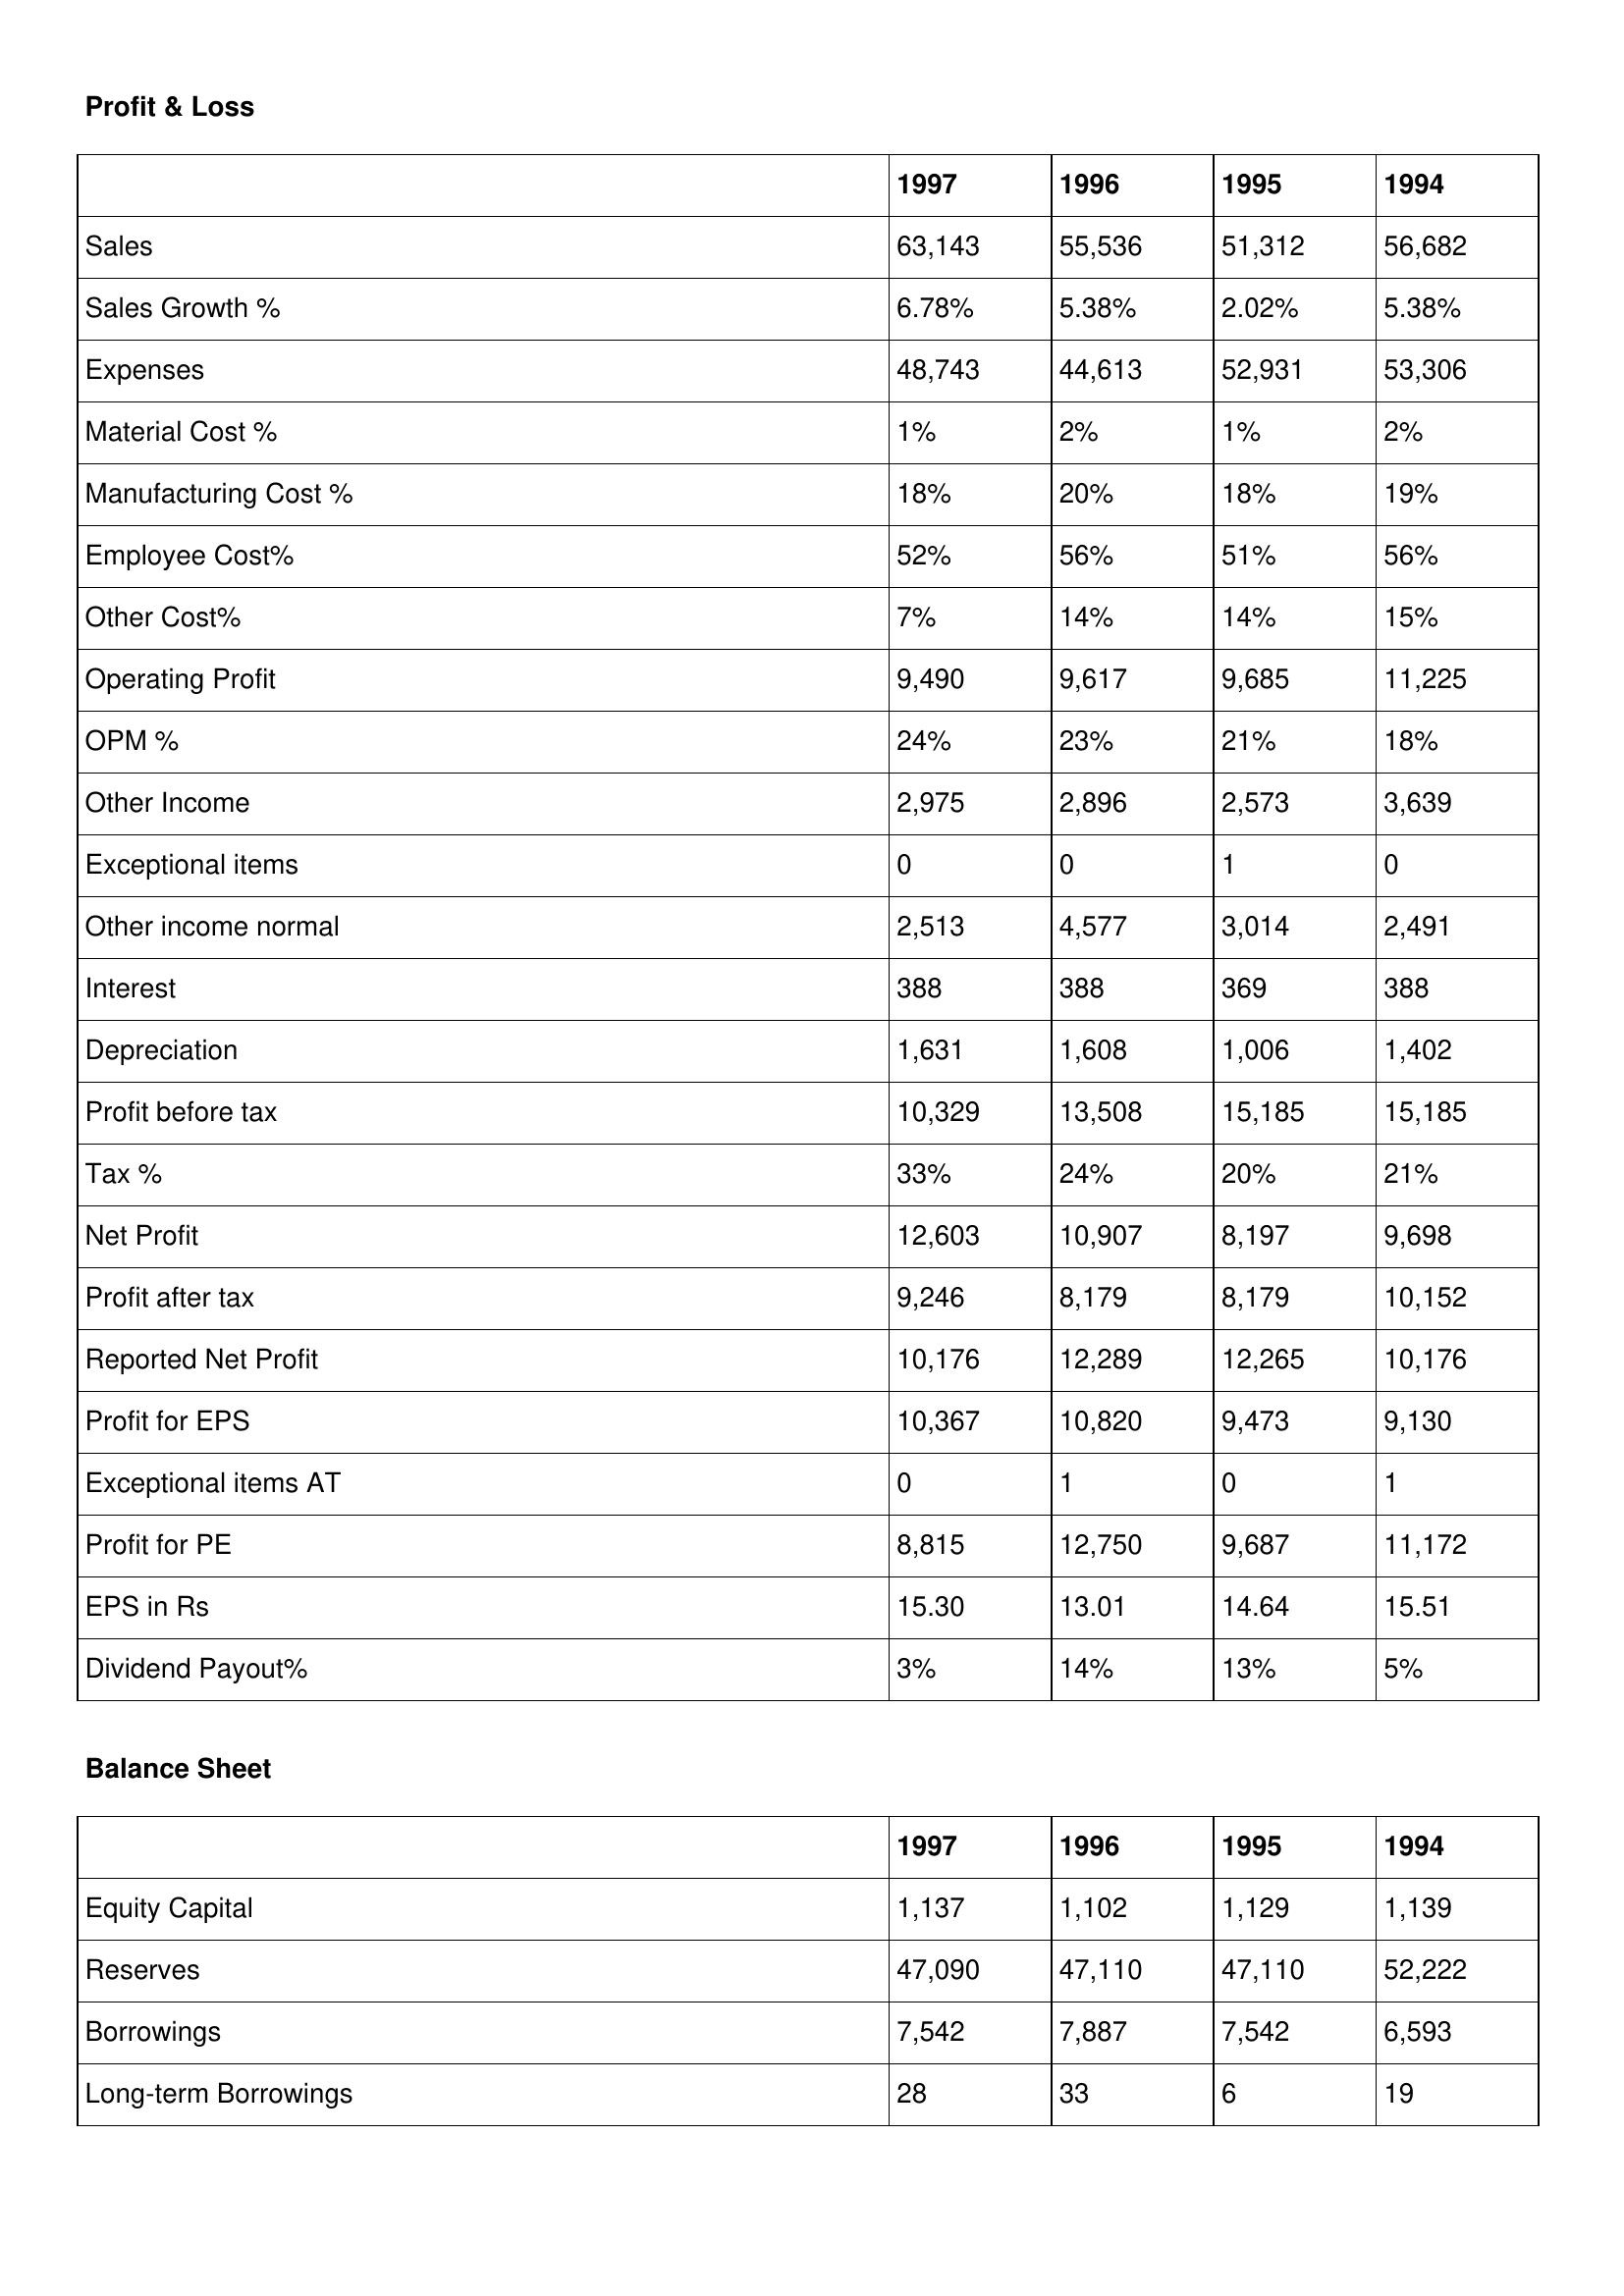
gt_parse: 1997: Profit & Loss: Sales: 63,143
Sales Growth %: 6.78%
Expenses: 48,743
Material Cost %: 1%
Manufacturing Cost %: 18%
Employee Cost%: 52%
Other Cost%: 7%
Operating Profit: 9,490
OPM %: 24%
Other Income: 2,975
Exceptional items: 0
Other income normal: 2,513
Interest: 388
Depreciation: 1,631
Profit before tax: 10,329
Tax %: 33%
Net Profit: 12,603
Profit after tax: 9,246
Reported Net Profit: 10,176
Profit for EPS: 10,367
Exceptional items AT: 0
Profit for PE: 8,815
EPS in Rs: 15.30
Dividend Payout%: 3%
Balance Sheet: Equity Capital: 1,137
Reserves: 47,090
Borrowings: 7,542
Long-term Borrowings: 28
1996: Profit & Loss: Sales: 55,536
Sales Growth %: 5.38%
Expenses: 44,613
Material Cost %: 2%
Manufacturing Cost %: 20%
Employee Cost%: 56%
Other Cost%: 14%
Operating Profit: 9,617
OPM %: 23%
Other Income: 2,896
Exceptional items: 0
Other income normal: 4,577
Interest: 388
Depreciation: 1,608
Profit before tax: 13,508
Tax %: 24%
Net Profit: 10,907
Profit after tax: 8,179
Reported Net Profit: 12,289
Profit for EPS: 10,820
Exceptional items AT: 1
Profit for PE: 12,750
EPS in Rs: 13.01
Dividend Payout%: 14%
Balance Sheet: Equity Capital: 1,102
Reserves: 47,110
Borrowings: 7,887
Long-term Borrowings: 33
1995: Profit & Loss: Sales: 51,312
Sales Growth %: 2.02%
Expenses: 52,931
Material Cost %: 1%
Manufacturing Cost %: 18%
Employee Cost%: 51%
Other Cost%: 14%
Operating Profit: 9,685
OPM %: 21%
Other Income: 2,573
Exceptional items: 1
Other income normal: 3,014
Interest: 369
Depreciation: 1,006
Profit before tax: 15,185
Tax %: 20%
Net Profit: 8,197
Profit after tax: 8,179
Reported Net Profit: 12,265
Profit for EPS: 9,473
Exceptional items AT: 0
Profit for PE: 9,687
EPS in Rs: 14.64
Dividend Payout%: 13%
Balance Sheet: Equity Capital: 1,129
Reserves: 47,110
Borrowings: 7,542
Long-term Borrowings: 6
1994: Profit & Loss: Sales: 56,682
Sales Growth %: 5.38%
Expenses: 53,306
Material Cost %: 2%
Manufacturing Cost %: 19%
Employee Cost%: 56%
Other Cost%: 15%
Operating Profit: 11,225
OPM %: 18%
Other Income: 3,639
Exceptional items: 0
Other income normal: 2,491
Interest: 388
Depreciation: 1,402
Profit before tax: 15,185
Tax %: 21%
Net Profit: 9,698
Profit after tax: 10,152
Reported Net Profit: 10,176
Profit for EPS: 9,130
Exceptional items AT: 1
Profit for PE: 11,172
EPS in Rs: 15.51
Dividend Payout%: 5%
Balance Sheet: Equity Capital: 1,139
Reserves: 52,222
Borrowings: 6,593
Long-term Borrowings: 19